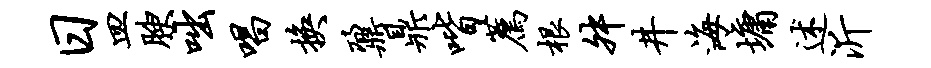
日皿腴咄唱换鼐鼎喈荐根舛井海墉述沂